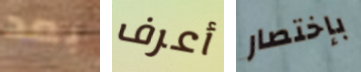
بعد أعرف بإختصار